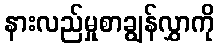
နားလည်မှုစာချွန်လွှာကို